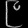
Digit: ၉